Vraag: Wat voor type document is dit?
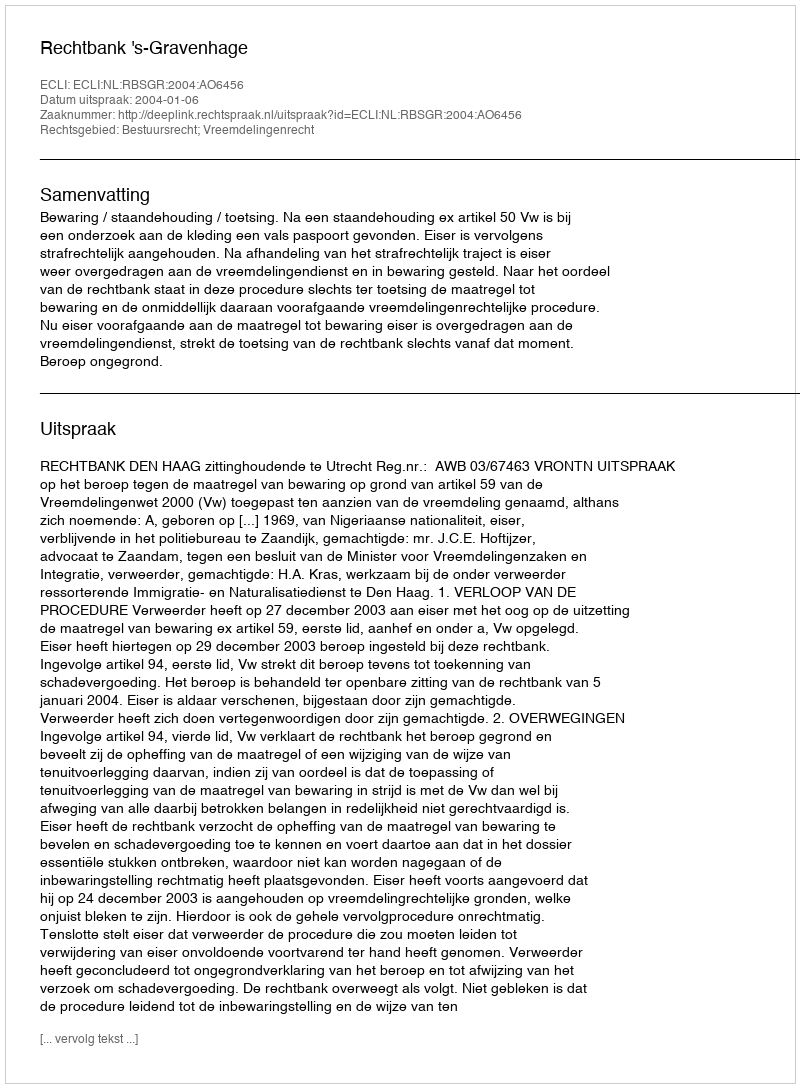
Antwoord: Uitspraak